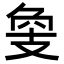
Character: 𢻁